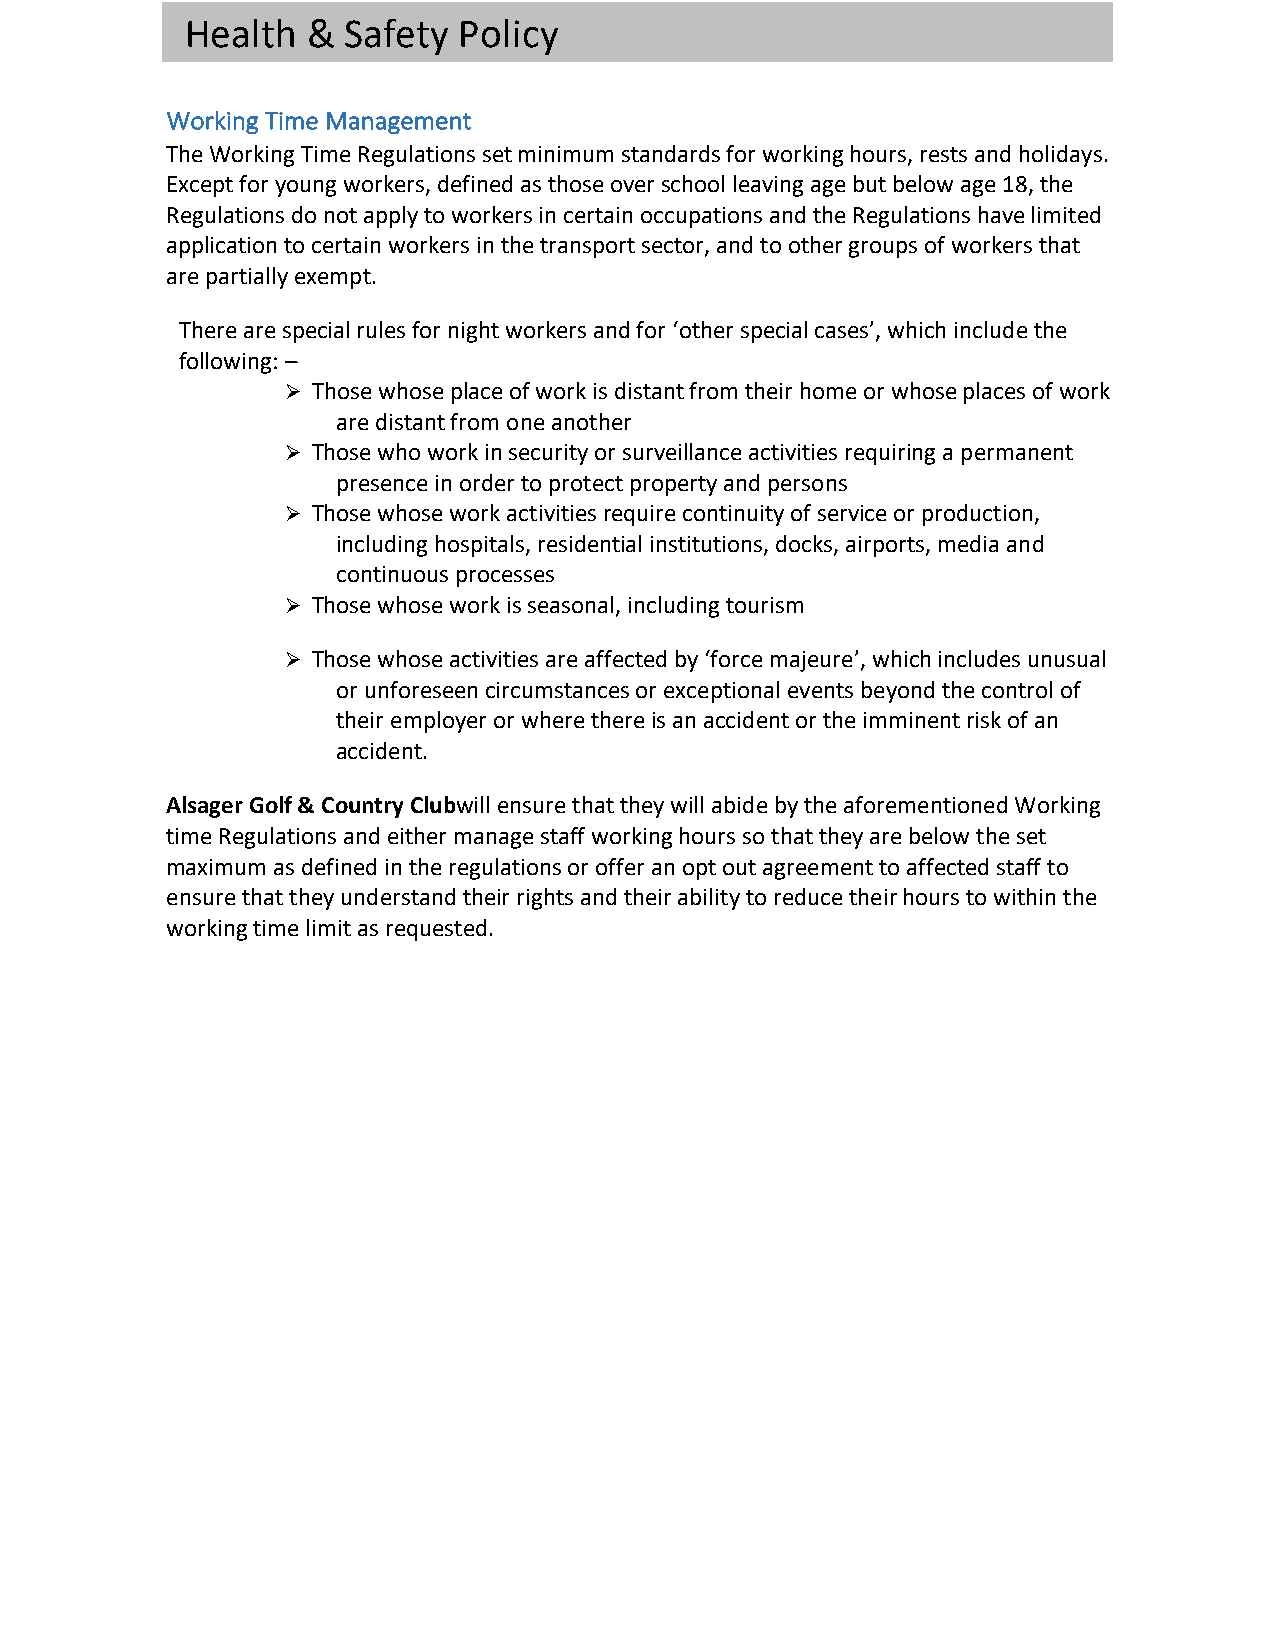
Health  &  Safety Policy
 Working Time Management
 The Working Time Regulations set minimum standards for working hours, rests and holidays.
 Except for young workers, defined as those over school leaving age but below age 18, the
 Regulations do not apply to workers in certain occupations and the Regulations have limited
 application to certain workers in the transport sector, and to other groups of workers that
 are partially exempt.
 There are special rules for night workers and for ‘other special cases’, which include the
 following: –
 Ø Those whose place of work is distant from their home or whose places of work
 are distant from one another
 Ø Those who work in security or surveillance activities requiring a permanent
 presence in order to protect property and persons
 Ø Those whose work activities require continuity of service or production,
 including hospitals, residential institutions, docks, airports, media and
 continuous processes
 Ø Those whose work is seasonal, including tourism
 Ø Those whose activities are affected by ‘force majeure’, which includes unusual
 or unforeseen circumstances or exceptional events beyond the control of
 their employer or where there is an accident or the imminent risk of an
 accident.
 Alsager Golf & Country Clubwill ensure that they will abide by the aforementioned Working
 time Regulations and either manage staff working hours so that they are below the set
 maximum as defined in the regulations or offer an opt out agreement to affected staff to
 ensure that they understand their rights and their ability to reduce their hours to within the
 working time limit as requested.